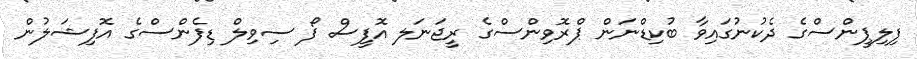
ފިލިޕީންސްގެ ދެކުނުގައިވާ ބުކިޑްނަން ޕްރޮވިންސްގެ ރީޖަނަލ އޮފީސް ފޯ ސިވިލް ޑިފެންސްގެ އޮފިޝަލުން